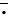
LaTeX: \bar{\cdot}